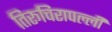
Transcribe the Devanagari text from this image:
तिरूचिरापल्‍ली